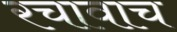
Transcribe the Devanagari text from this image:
रचावाच